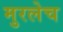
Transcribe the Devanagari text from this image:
मुरलेच